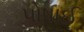
પોષાઈ